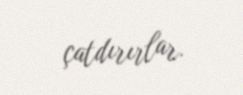
çatdırırlar.